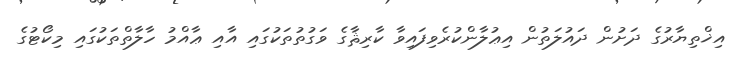
އިޚްތިޔާރުގެ ދަށުން ދައުލަތުން އިޢުލާންކުރެވިފައިވާ ކާރިޘާގެ ވަގުތުތަކުގައި އާއި ޢާއްމު ހާލާތްތަކުގައި މިކޯޓުގެ